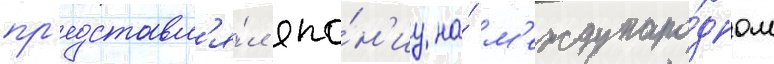
пр'едставл'я́л япо́н'иу на́ м'еждунаро́дном